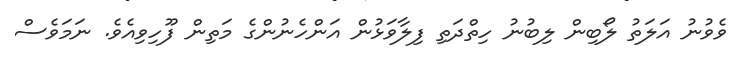
ވެވުނު އަލަތު ލޯބިން ލިބުނު ހިތްދަތި ފިލާވަޅުން އަންހެނުންގެ މަތިން ފޫހިވިއެވެ. ނަމަވެސް